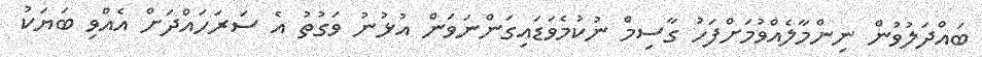
ބައްދަލުވުން ނިންމާލެއްވުމަށްފަހު ގާސިމް ނުކުމެވަޑައިގަންނަވަން އުޅުނު ވަގުތު އެ ސަރަހައްދަށް އެއްވި ބަޔަކު